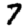
Digit: 7